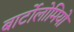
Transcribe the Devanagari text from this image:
बार्टोलोमियो